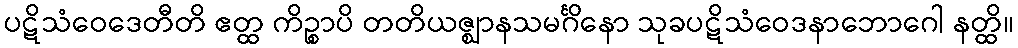
ပဋိသံဝေဒေတီတိ ဧတ္ထ ကိဉ္စာပိ တတိယဇ္ဈာနသမင်္ဂိနော သုခပဋိသံဝေဒနာဘောဂေါ နတ္ထိ။